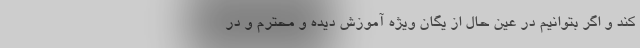
کند و اگر بتوانیم در عین حال از یگان ویژه آموزش دیده و محترم و در